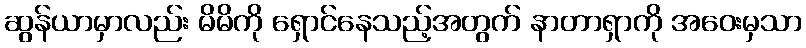
ဆွန်ယာမှာလည်း မိမိကို ရှောင်နေသည့်အတွက် နာတာရှာကို အဝေးမှသာ